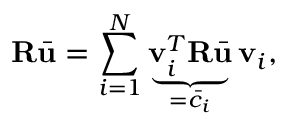
\mathbf { R } \bar { \mathbf { u } } = \sum _ { i = 1 } ^ { N } \underbrace { \mathbf { v } _ { i } ^ { T } \mathbf { R } \bar { \mathbf { u } } } _ { = \bar { c } _ { i } } \mathbf { v } _ { i } ,